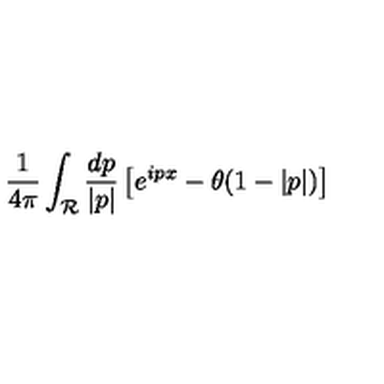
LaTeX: { \frac { 1 } { 4 \pi } } \int _ { \cal R } { \frac { d p } { | p | } } \left[ e ^ { i p x } - \theta ( 1 - | p | ) \right]